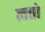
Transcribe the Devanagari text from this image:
त्वत्तो